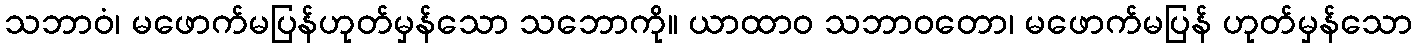
သဘာဝံ၊ မဖောက်မပြန်ဟုတ်မှန်သော သဘောကို။ ယာထာဝ သဘာဝတော၊ မဖောက်မပြန် ဟုတ်မှန်သော